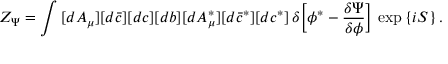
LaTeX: Z _ { \Psi } = \int \, [ d A _ { \mu } ] [ d \bar { c } ] [ d c ] [ d b ] [ d A _ { \mu } ^ { \ast } ] [ d \bar { c } ^ { \ast } ] [ d c ^ { \ast } ] \, \delta \Bigl [ \phi ^ { \ast } - \frac { \delta \Psi } { \delta \phi } \Bigr ] \, \exp \, \{ i S \} \, .